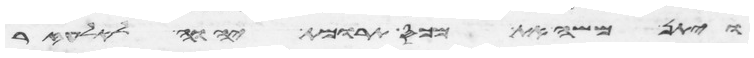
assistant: ויתן משה את מכס תרומת יהוה לאלעזר